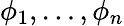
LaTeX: \phi_{1},\ldots,\phi_{n}